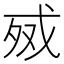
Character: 𰒧